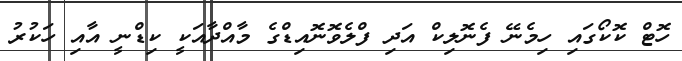
ހޮޓް ކޮކޯގައި ހިމެނޭ ފެނޮލިކް އަދި ފްލެވޮނޮއިޑްގެ މާއްދާއަކީ ކިޑްނީ އާއި ހަކުރު